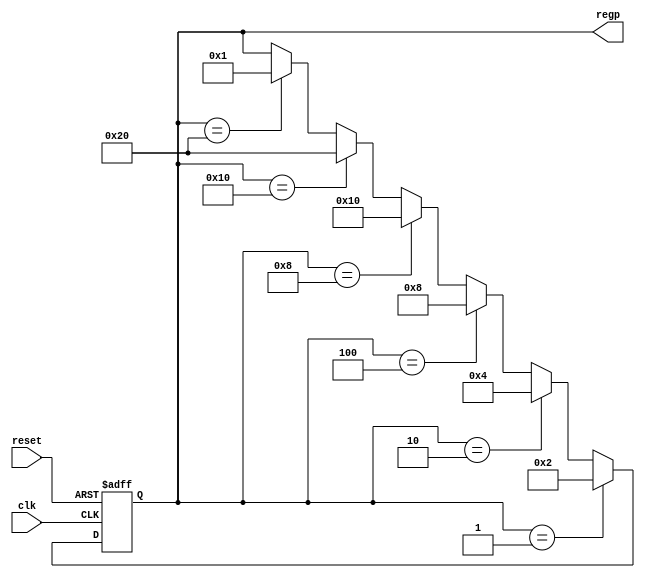
module phasecounter(
	input clk,reset,
	output reg [5:0] regp
	);
	
	always @(posedge clk or posedge reset)begin
		if (reset) regp <= 6'b000001;
		else begin
			if (regp == 6'b00001)regp <= 6'b000010;
			else if(regp == 6'b000010) regp <= 6'b000100;
			else if(regp == 6'b000100) regp <= 6'b001000;
			else if(regp == 6'b001000) regp <= 6'b010000;
			else if(regp == 6'b010000) regp <= 6'b100000;
			else if(regp == 6'b100000) regp <= 6'b000001;
		end
		end
endmodule